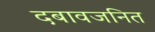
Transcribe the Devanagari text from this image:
दबावजनित